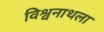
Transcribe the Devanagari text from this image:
विश्वनाथला